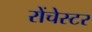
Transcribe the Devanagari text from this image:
रोंचेस्टर